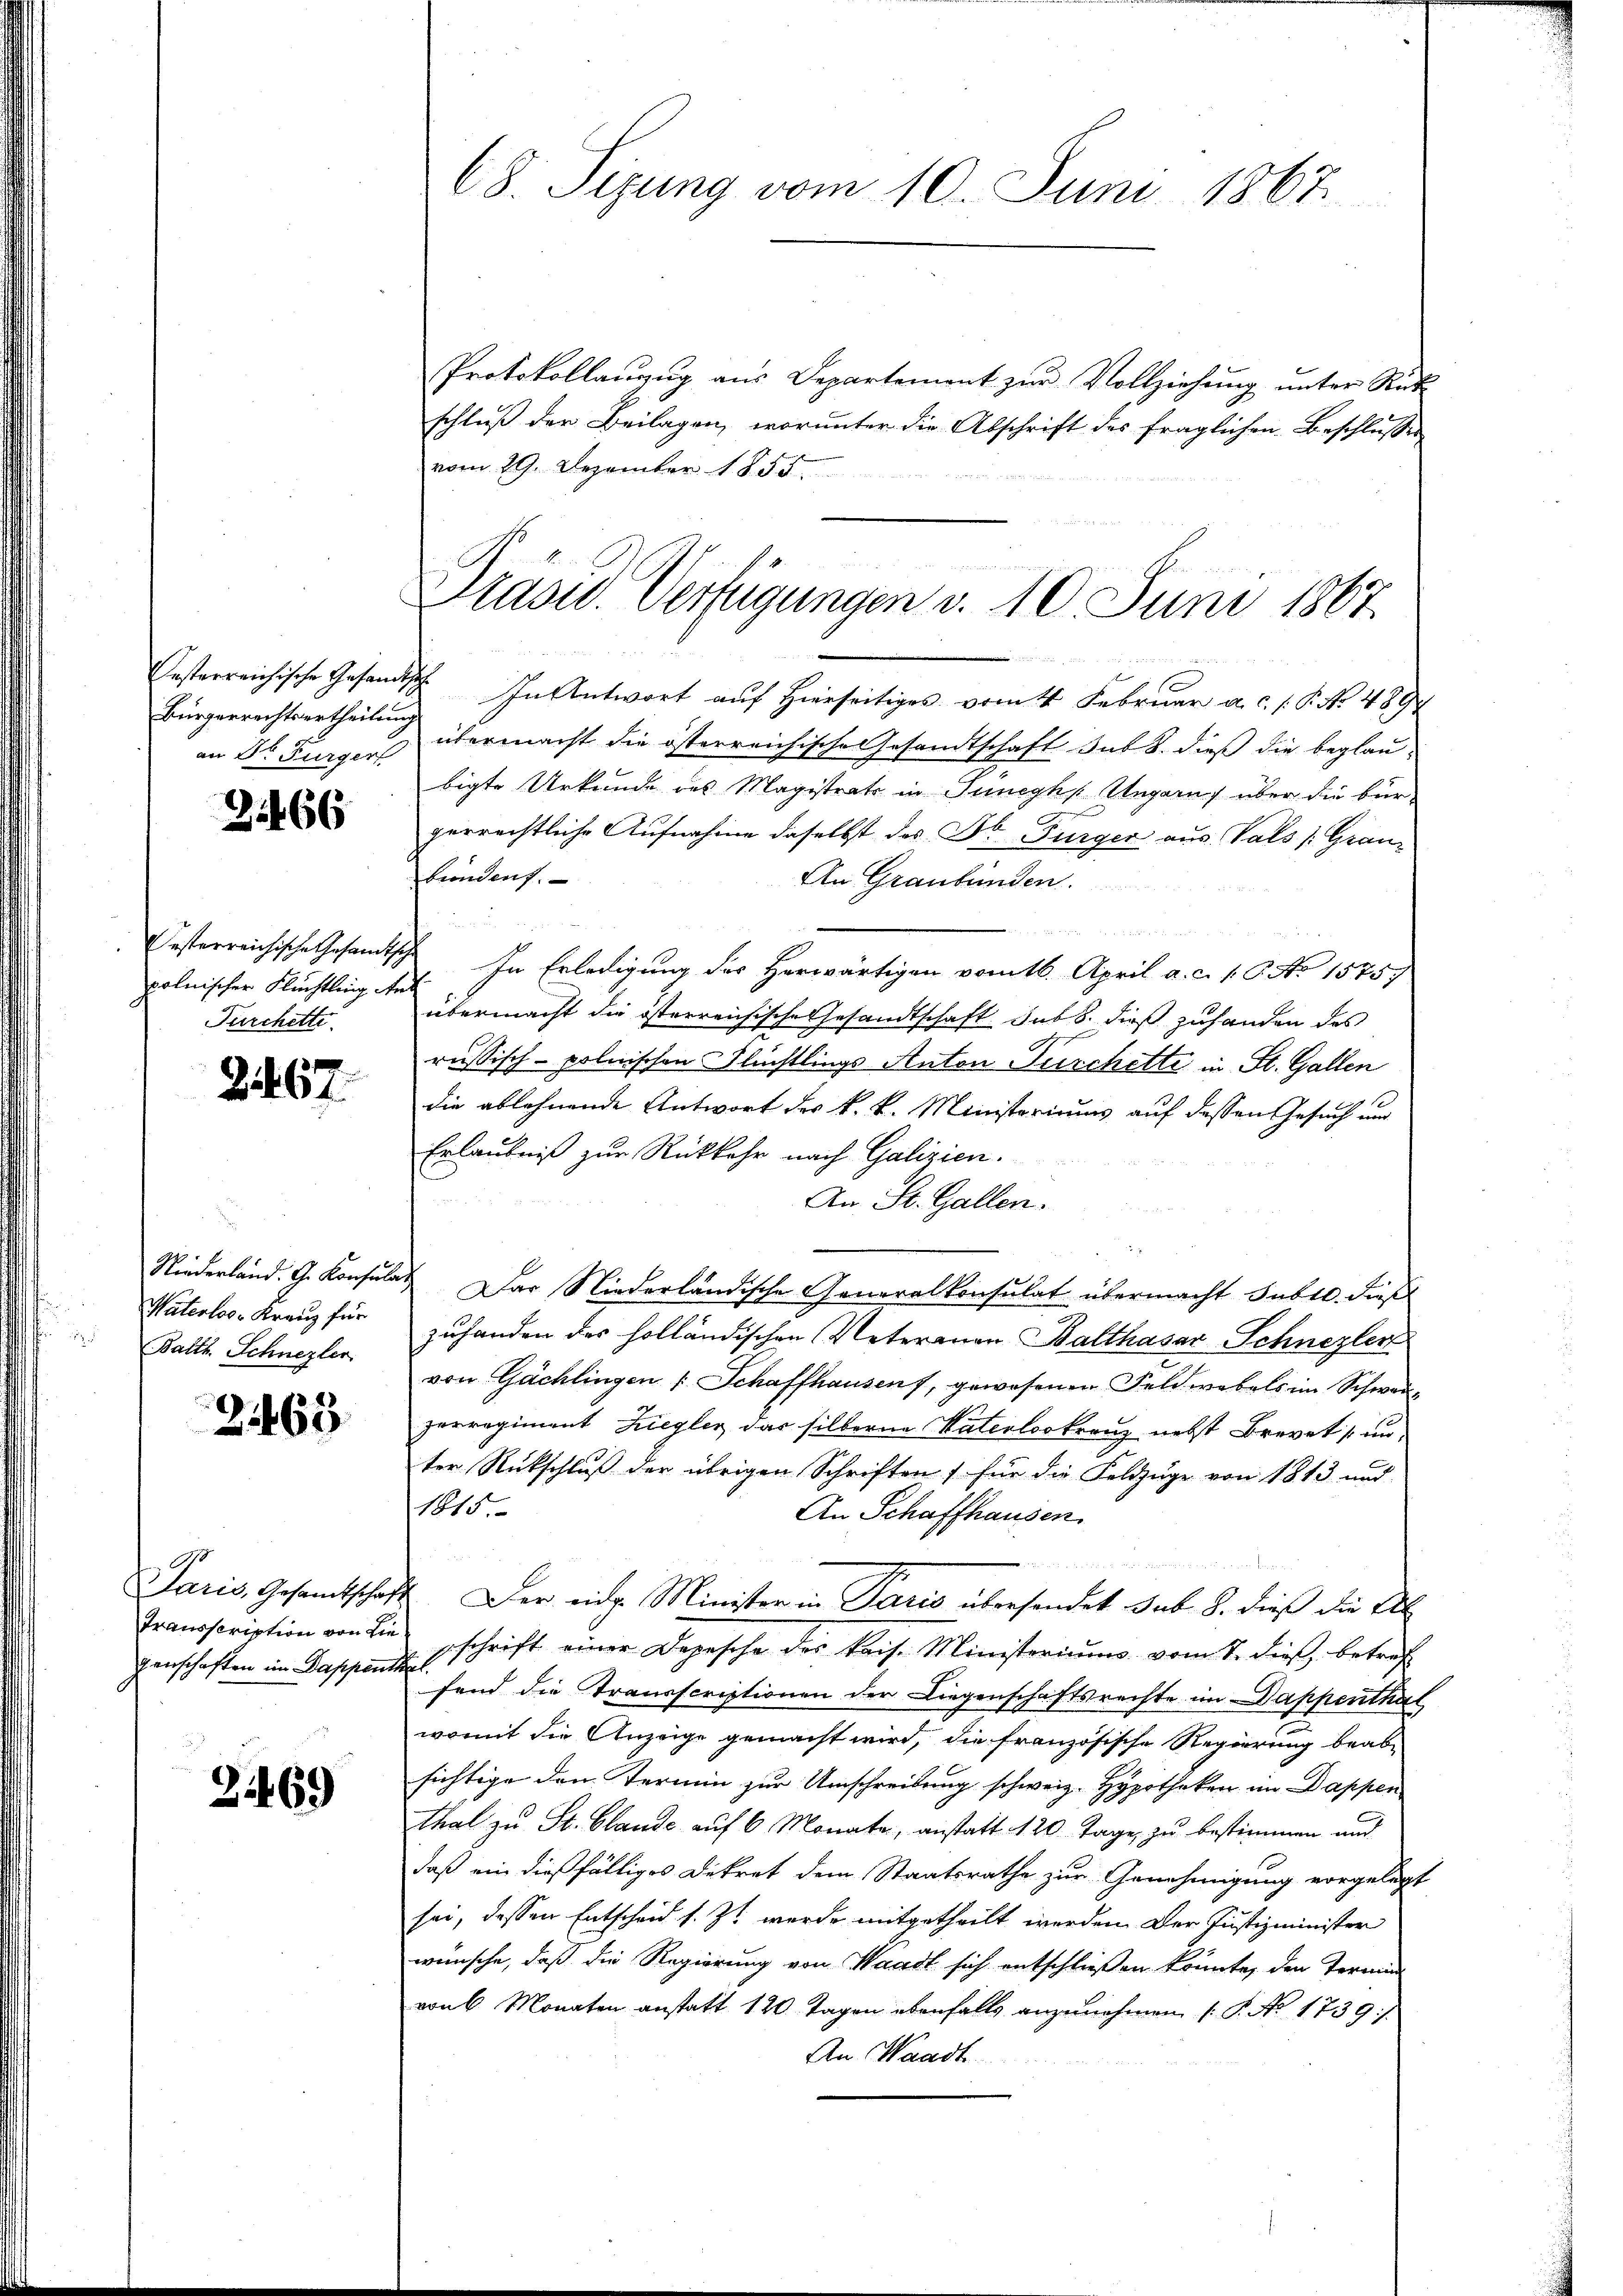
Bürgerrechtsertheilung
an Dr Furger

3266

esterreichische Gesandtsc
polnischer Flüchtling An
Furchette

2467.

Waterlos. Kreuz für
Balth. Schnezler

2463

Paris, Gesamtschaft
Transscription von die
genschaften im Dappenth

2469

68. Sizung vom 10. Juni 1867.

Protokollanzug aus Departement zur Vollziehung unter Rück
schluß der Beilagen, worunter die Abschrift des fraglichen Beschlusses
vom 29. Dezember 1855.
Oesterreichische Gesandtsch In Antwort aŭf hierseitiges vom 4. Februar a.c. s. S. No. 489
übermacht die österreichische Gesandtschaft sub 8. dieß die beglau-
bigte Urkunde des Magistrats in Juneyh, Ungarn, über die bürgerrechtliche Aufnahme daselbst des Dr Bürger aus. Vals (Graubundent.
An Graubünden.
 In Erledigung des Herwärtigen vom 16. April a. c. 1. 6. No 15757
c
übermacht die österreichische Gesandtschaft sub 8. dieß zuhanden des
russisch-polnischen Flüchtlings Anton Turchette in St. Gallen
die ablehnende Antwort des k. k. Ministeriums auf dessen Gesuch und
Erlaubniß zur Rückkehr nach Galizien.
An St. Gallen.
Niederland. G. Konsulat. Das Niederländische Generalkonsulat übermacht Tabel. dießzuhanden des holländischen Veteranen Balthasar Schnezler
von Gächlingen 1 Schaffhausen, gewesenen Feldwebels im Schwerperregiment Ziegler das silberne Vaterlookranz nebst Brevets un
ter Rückschluß der übrigen Schriften) für die Feldzüge von 1813 und
1815.
An Schaffhausen.
X. Der einge Minister in Paris übersendet sub. 8. dieß die All
gschrift einer Depesche der kais. Ministeriums vom 7. dieß, betref
.
fend die Transscriptionen der Liegenschaftsrechte im Dappenthal
womit die Anzeige gemacht wird, die französische Regierung beab-
sichtige den Termin zur Umschreibung schweiz. Hypotheken im Dappen
thal zu St. Claude auf 6 Monate, anstatt 120. Tage zu bestimmen und
daß ein dießfälliges Dekret dem Staatsrathe zur Genehmigung vorgelegt
sei, dessen Entscheid s. Zt. werde mitgetheilt werden. Der Justizminister
wünsche, daß die Regierung von Waadt sich entschließen könnte, den Termin
von 6 Monaten anstatt 120 Tagen ebenfalls anzunehmen (S. No. 1739/
An Waadt

Präsid. Verfügungen v. 10. Juni 1867.